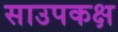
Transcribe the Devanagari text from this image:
साउपकक्ष